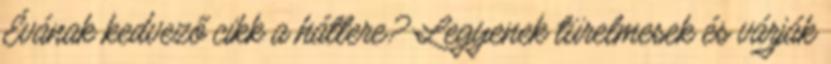
Évának kedvező cikk a háttere? Legyenek türelmesek és várják